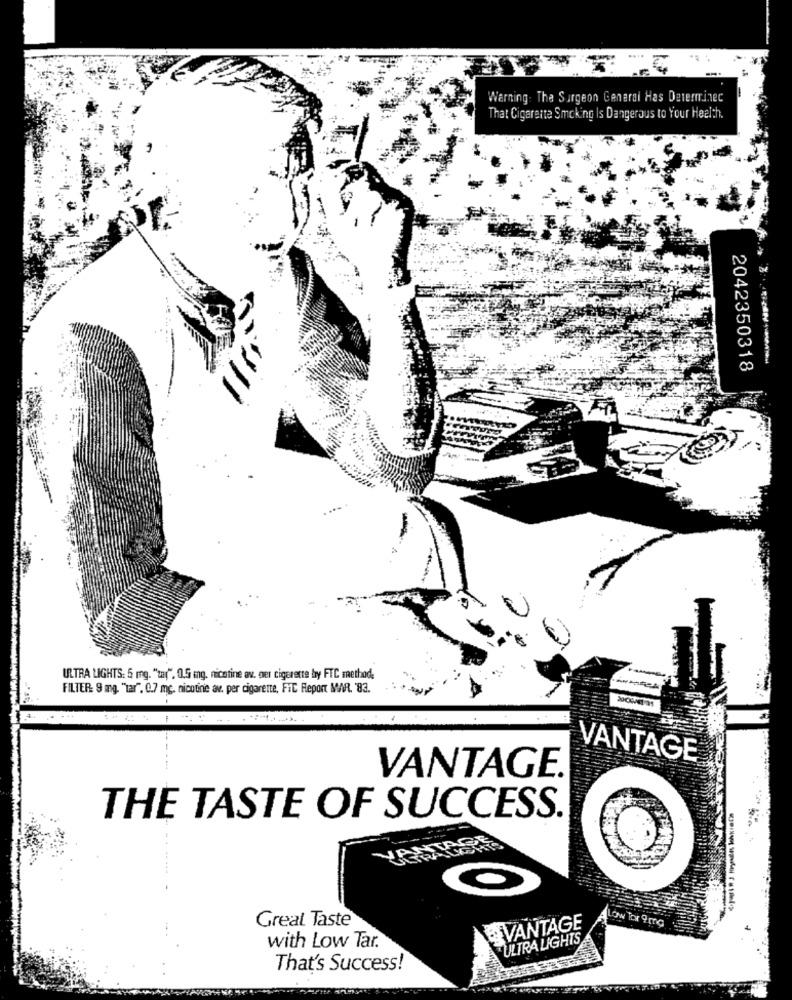
.....
Warning. The Surgeon General Has Determinec
That Cigarette Smoking Is Dangerous to Your Health.
2042350318
ULTRA LIGHTS: 5 mg. "tar", 0,5 mg, nicotine av. mer cigarette by FTC method.
FILTER: 9 mg. "tar". C.7 mc. nicotine av. per cigarette, FIC Report MAR. 83.
VANTAGE
VANTAGE.
THE TASTE OF SUCCESS.
Great Taste
ow Tor @mg
VANTAGE
"ULTRA LIGHTS
with Low Tar.
That's Success!